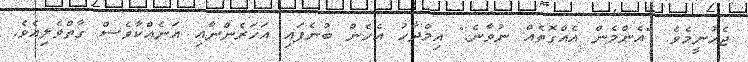
ޖެހުނީމެވެ. "އެންމެން އެއްގޮތެއް ނުވާނެ." އިމްދާހު އެހެން ބުނެފައި އަަހަރެންނާއި އަނެއްކާވެސް ގާތްވެލިއެވެ.